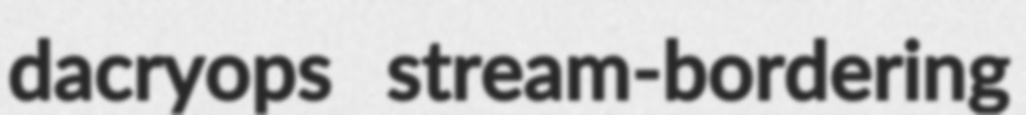
dacryops stream-bordering